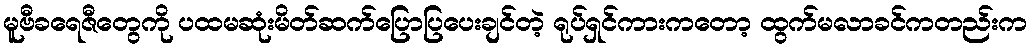
မူဗီခရေဇီတွေကို ပထမဆုံးမိတ်ဆက်ပြောပြပေးချင်တဲ့ ရုပ်ရှင်ကားကတော့ ထွက်မလာခင်ကတည်းက